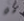
هل